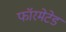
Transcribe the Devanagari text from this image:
फॉरमेटेड